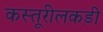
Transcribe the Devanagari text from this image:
कस्तूरीलकड़ी